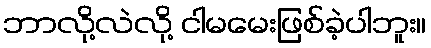
ဘာလို့လဲလို့ ငါမမေးဖြစ်ခဲ့ပါဘူး။